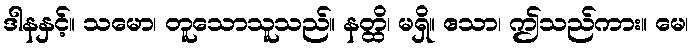
ဒါနနှင့်။ သမော၊ တူသောသူသည်။ နတ္ထိ၊ မရှိ။ ဧသာ၊ ဤသည်ကား။ မေ၊